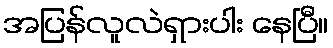
အပြန်လူလဲရှားပါး နေပြီ။